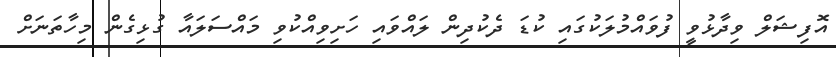
އޮފިޝަލް ވިދާޅުވީ ފުވައްމުލަކުގައި ކުޑަ ދެކުދިން ލައްވައި ހަށިވިއްކުވި މައްސަލައާ ގުޅިގެން މިހާތަނަށް